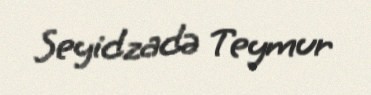
Seyidzadə Teymur